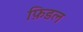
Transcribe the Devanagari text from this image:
फ़िडल